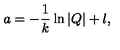
a = - \frac { 1 } { k } \ln | Q | + l ,